Annual report of the Punjab Veterinary College and of the Civil Veterinary Department, Punjab - 1894-1908
Year: 1894
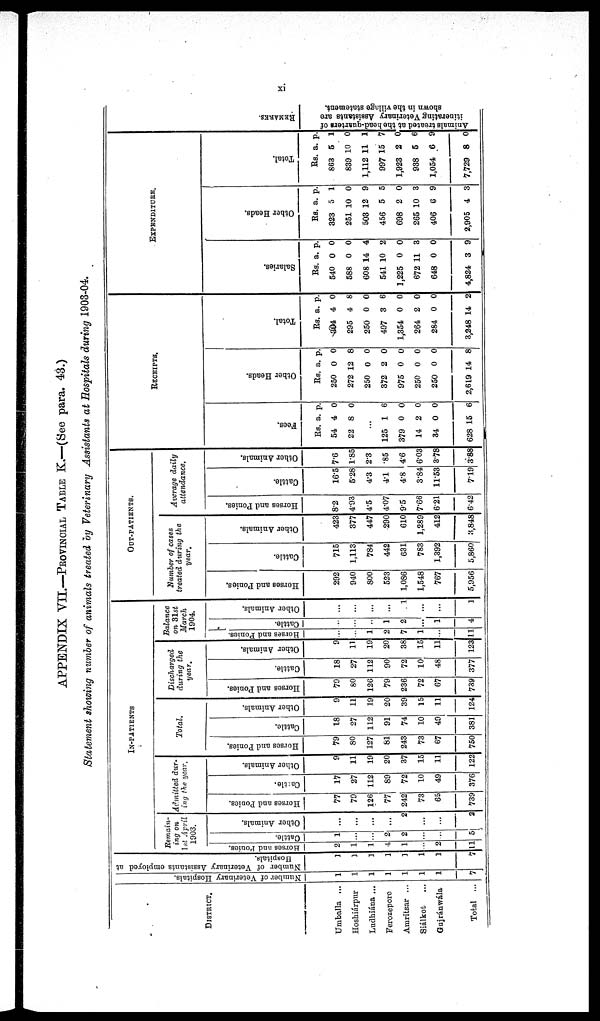
xi
APPENDIX VII.—PROVINCIAL TABLE K.—(See para. 43.)
Statement showing number of animals treated by Veterinary Assistants at Hospitals during 1903-04.
DISTRICT.
Umballa ...
Hoshiárpur
Ludhiána ...
Ferozepore
Amritsar ...
Siálkot
...
Gujránwála
Total ...
Number of Veterinary Hospitals.
1
1
1
1
1
1
1
7
Number of Veterinary Assistants employed at
Hospitals.
1
1
1
1
1
1
1
7
IN-PATIENTS
Remain-
ing on
1st April
1903.
Horses and Ponies.
2
1
1
1
1
...
2
11
Cattle.
1
...
...
2
2
...
...
5
Other Animals.
...
...
...
...
2
...
...
2
Admitted dur-
ing the year.
Horses and Ponies.
77
79
126
77
242
73
65
739
Cattle.
17
27
112
89
72
10
49
376
Other Animals.
9
11
19
20
37
15
11
122
Total.
Horses and Ponies.
79
80
127
81
243
73
67
750
Cattle.
18
27
112
91
74
10
49
381
Other Animals.
9
11
19
20
39
15
11
124
Discharged
during the
year.
Horses and Ponies.
79
80
126
79
236
72
67
739
Cattle.
18
27
112
90
72
10
48
377
Other Animals.
9
11
19
20
38
15
11
123
Balance
on 31st
March
1904.
Horses and Ponies.
...
...
1
2
7
1
...
11
Cattle.
...
...
...
1
2
...
1
4
Other Animals.
...
...
...
...
1
...
...
1
OUT-PATIENTS.
Number of cases
treated during the
year.
Horses and Ponies.
292
940
800
523
1,086
1,548
767
5,956
Cattle.
715
1,113
784
442
631
783
1,392
5,860
Other Animals.
423
377
447
290
610
1,289
412
3,848
Average daily
attendance.
Horses and Ponies.
8.2
4.93
4.5
4.07
9.5
7.66
6.21
6.42
Cattle.
16.5
5.28
4.3
4.1
4.8
3.84
11.53
7.19
Other Animals.
7.6
1.85
23
.85
4.6
6.03
3.78
3.88
RECEIPTS.
Fees.
Rs.
54
22
a.
4
8
p.
0
0
...
125
379
14
34
628
1
0
2
0
15
6
0
0
0
6
Other Heads.
Rs.
250
272
250
372
975
250
250
2,619
a.
0
12
0
2
0
0
0
14
p.
0
8
0
0
0
0
0
8
Total.
Rs.
304
295
250
497
1,354
264
284
3,248
a.
4
4
0
3
0
2
0
14
p.
0
8
0
6
0
0
0
2
EXPENDITURE.
Sal ar i
es.
Rs.
540
588
608
541
1,225
672
648
4,824
a.
0
0
14
10
0
11
0
3
p.
0
0
4
2
0
3
0
9
Other Heads.
Rs.
323
251
503
456
698
265
406
2,905
a.
5
10
12
5
2
10
6
4
p.
1
0
9
5
0
3
9
3
Total.
Rs.
863
839
1,112
997
1,923
938
1,054
7,729
a.
5
10
11
15
2
5
6
8
p.
1
0
1
7
0
6
9
0
RE MARKS .
Animals treated at the head-quarters of
itinerating Veterinary Assistants are
shown in the village statement.